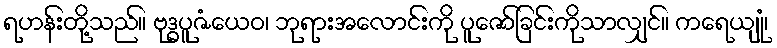
ရဟန်းတို့သည်။ ဗုဒ္ဓပူဇံယေဝ၊ ဘုရားအလောင်းကို ပူဇော်ခြင်းကိုသာလျှင်။ ကရေယျုံ၊